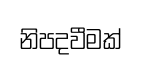
නිපදවීමක්